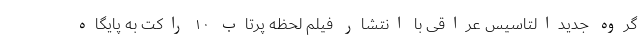
گروه جدیدالتاسیس عراقی با انتشار فیلم لحظه پرتاب ۱۰ راکت به پایگاه